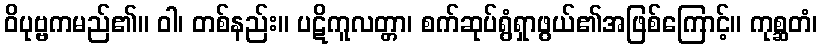
ဝိပုဗ္ဗကမည်၏။ ဝါ၊ တစ်နည်း။ ပဋိကူလတ္တာ၊ စက်ဆုပ်ရွံရှာဖွယ်၏အဖြစ်ကြောင့်။ ကုစ္ဆတံ၊